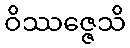
ဝိဿဇ္ဇေသိ